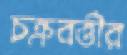
চক্রবর্ত্তীর